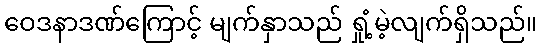
ဝေဒနာဒဏ်ကြောင့် မျက်နှာသည် ရှုံ့မဲ့လျက်ရှိသည်။